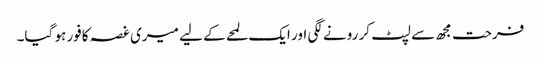
فرحت مجھ سے لپٹ کر رونے لگی اور ایک لمحے کے لیے میری غصہ کافور ہو گیا۔